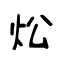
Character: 炂